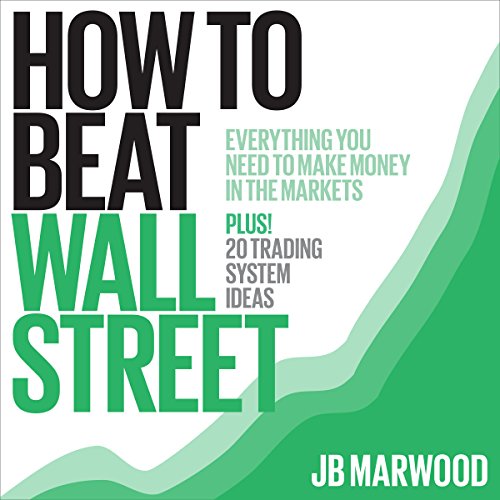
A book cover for How to Beat Wall Street: Everything You Need to Make Money in the Markets Plus! 20 Trading System Ideas; J. B. Marwood; Business & Money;